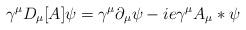
LaTeX: \begin{align*}\gamma^\mu D_\mu[A] \psi = \gamma^\mu \partial_\mu \psi - i e\gamma^\mu A_\mu * \psi \end{align*}